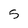
Character: 5